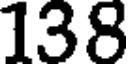
138